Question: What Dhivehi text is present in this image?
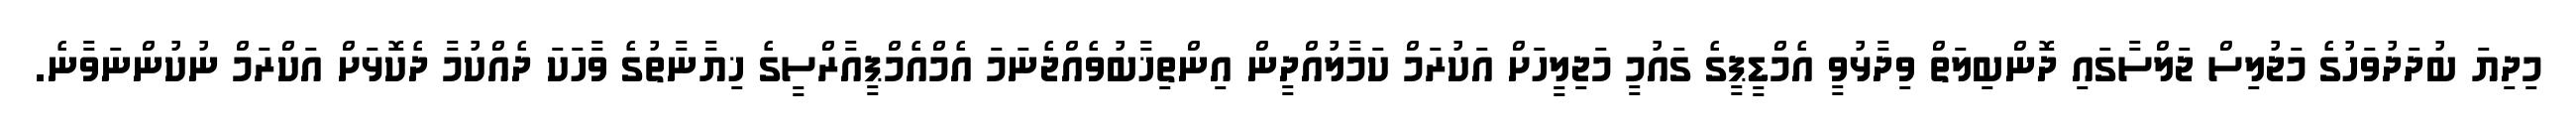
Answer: މިދިޔަ ބުދަދުވަހުގެ މަޖުލިސް ޖަލްސާގައި ދޮންބިލަތް ވިދާޅުވީ އެމްޑީޕީގެ ގައުމީ މަޖިލީހަށް އަކުރަމް ކަމާލުއްދީން އިންތިޚާބުވެއްޖެނަމަ އެމްއެމްޕީއާރްސީގެ ޚިޔާނާތުގެ ވާހަކަ ދެއްކުމާ ދެކޮޅަށް އަކްރަމް ނުކުންނަވާނެ.